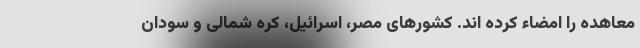
معاهده را امضاء کرده اند. کشورهای مصر، اسرائیل، کره شمالی و سودان